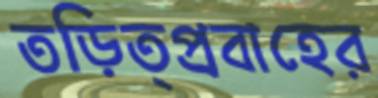
তড়িত্প্রবাহের